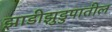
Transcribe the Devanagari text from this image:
झाडीझुडुपातील